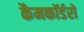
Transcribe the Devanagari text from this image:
कैमकॉर्डरों